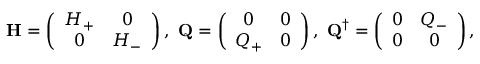
{ \bf H } = \left( \begin{array} { c c } { H _ { + } } & { 0 } \\ { 0 } & { H _ { - } } \end{array} \right) , \, \, { \bf Q } = \left( \begin{array} { c c } { 0 } & { 0 } \\ { Q _ { + } } & { 0 } \end{array} \right) , \, \, { \bf Q } ^ { \dag } = \left( \begin{array} { c c } { 0 } & { Q _ { - } } \\ { 0 } & { 0 } \end{array} \right) ,